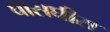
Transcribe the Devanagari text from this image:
घासघीस